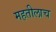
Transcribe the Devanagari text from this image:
महतीलाच